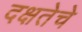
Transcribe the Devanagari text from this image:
दक्षतेचे